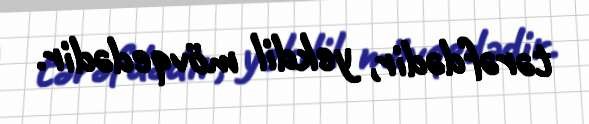
tərəfdədir, yekdil mövqedədir.